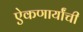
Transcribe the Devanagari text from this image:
ऐकणार्यांची